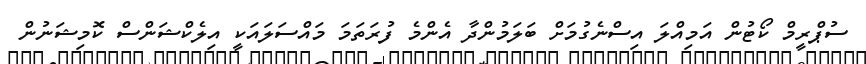
ސުޕްރީމް ކޯޓުން އަމިއްލަ އިސްނެގުމަށް ބަލަމުންދާ އެންމެ ފުރަތަމަ މައްސަލައަކީ އިލެކްޝަންސް ކޮމިޝަނުން